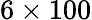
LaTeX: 6\times 100